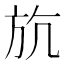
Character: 斻